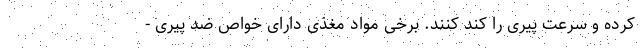
کرده و سرعت پیری را کند کنند. برخی مواد مغذی دارای خواص ضد پیری -